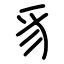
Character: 豸